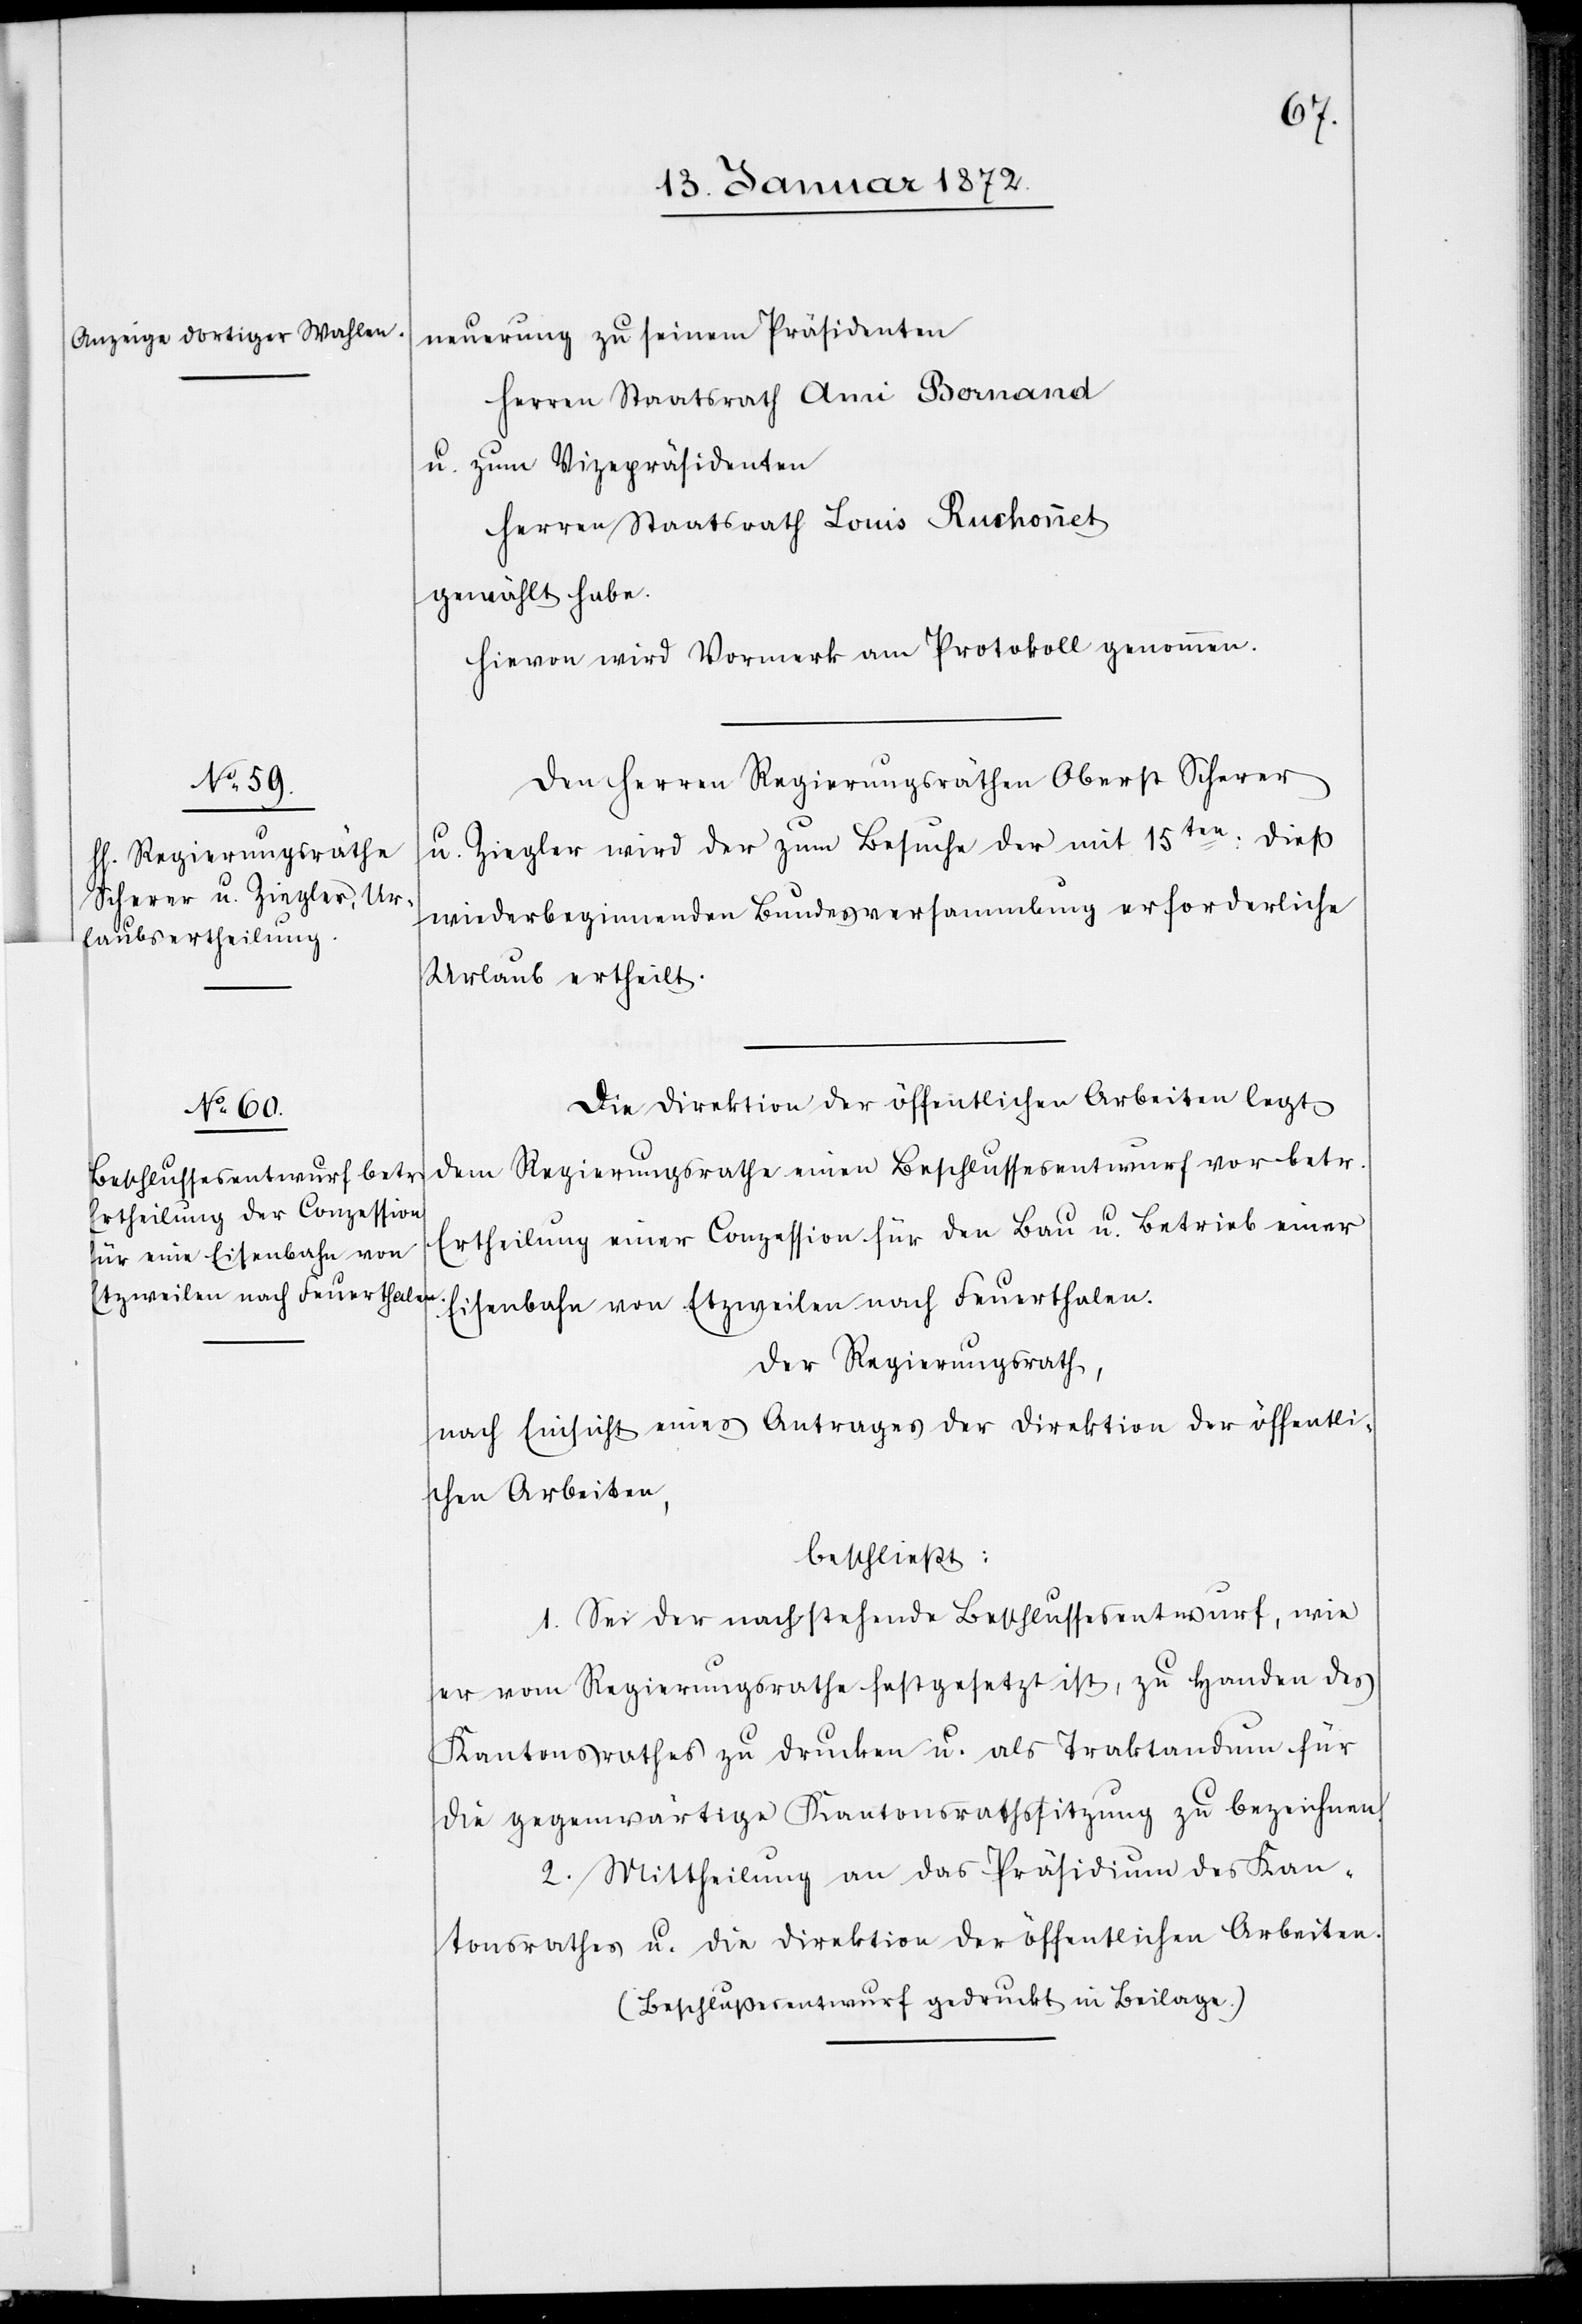
neuerung zu seinem Präsidenten
Herren Staatsrath Ami Bornand
u. zum Vizepräsidenten
Herren Staatsrath Louis Ruchonnet
gewählt habe.
Hievon wird Vormerk am Protokoll genommen.
Den Herren Regierungsräthen Oberst Scherer
u. Ziegler wird der zum Besuche der mit 15ten: dieß
wiederbeginnenden Bundesversammlung erforderliche
Urlaub ertheilt.
Die Direktion der öffentlichen Arbeiten legt
dem Regierungsrathe einen Beschlussesentwurf vor betr.
Ertheilung einer Conzession für den Bau u. Betrieb einer
Eisenbahn von Etzweilen nach Feuerthalen.
Der Regierungsrath,
nach Einsicht eines Antrages der Direktion der öffentli¬
chen Abreiten,
beschließt:
1. Sei der nachstehende Beschlussesentwurf, wie
er vom Regierungsrathe festgesetzt ist, zu Handen des
Kantonsrathes zu drucken u. als Traktandum für
die gegenwärtige Kantonsrathssitzung zu bezeichnen.
2. Mittheilung an das Präsidium des Kan¬
tonsrathes u. die Direktion der öffentlichen Arbeiten.
(Beschlußesentwurf gedruckt in Beilage.)